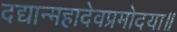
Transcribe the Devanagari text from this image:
दद्यान्महादेवप्रमोदया॥